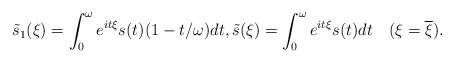
\begin{align*}\tilde{s}_{1}(\xi)=\int_{0}^{\omega}e^{it\xi}s(t)(1-t/{\omega})dt,\tilde{s}(\xi)=\int_{0}^{\omega}e^{it\xi}s(t)dt \quad(\xi = \overline{\xi}). \end{align*}